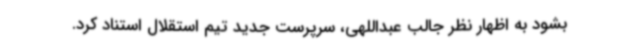
بشود به اظهار نظر جالب عبداللهی، سرپرست جدید تیم استقلال استناد کرد.